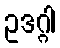
ဥဒဂ္ဂါ